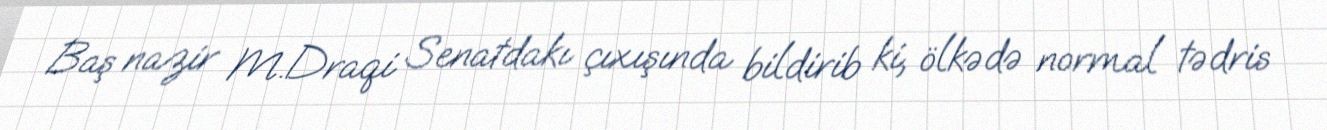
Baş nazir M.Draqi Senatdakı çıxışında bildirib ki, ölkədə normal tədris